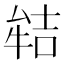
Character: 𭷬